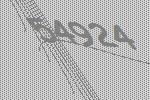
54924